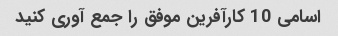
اسامی 10 کارآفرین موفق را جمع آوری کنید